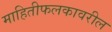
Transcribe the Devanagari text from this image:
माहितीफलकावरील